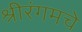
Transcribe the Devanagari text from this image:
श्रीरंगमचे